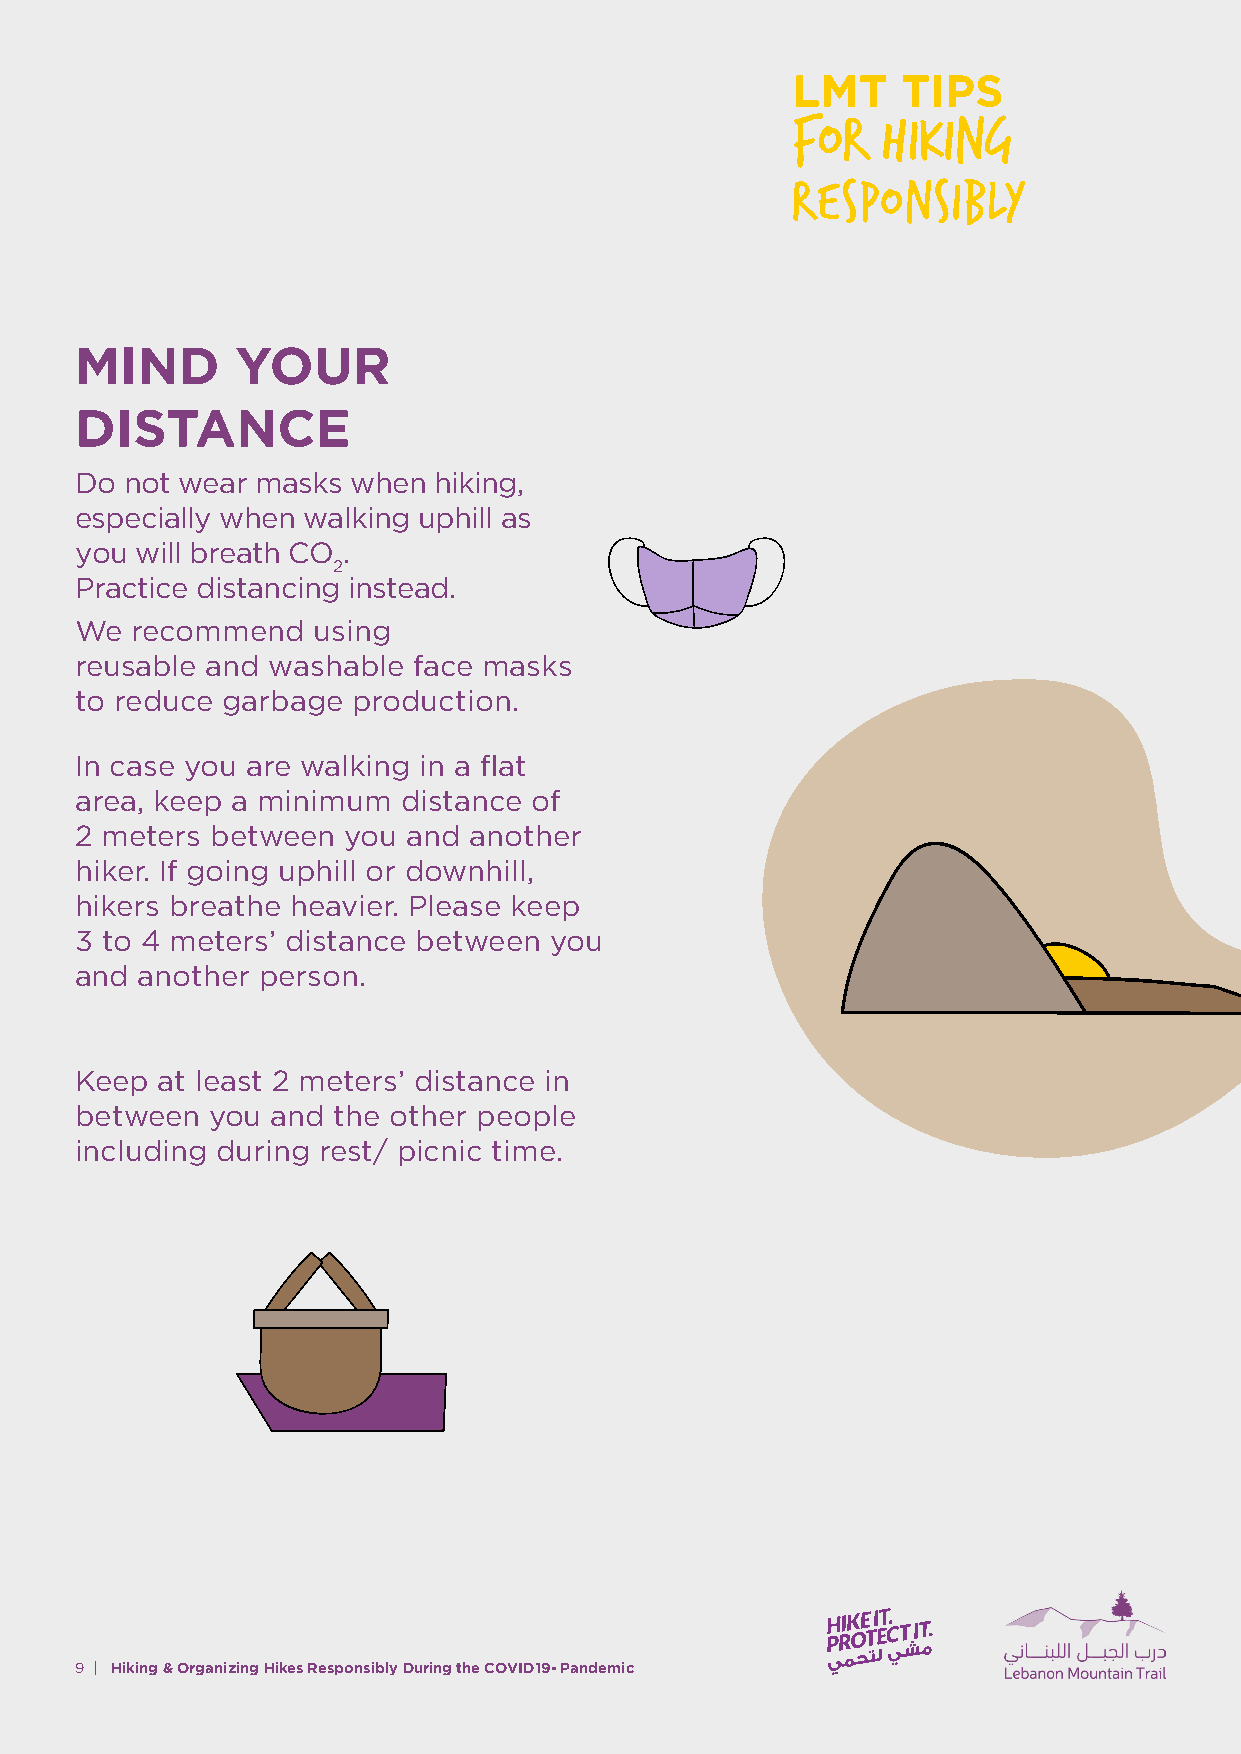
MIND       YOUR
 DISTANCE
 Do not wear masks when  hiking,
 especially when walking uphill as
 you will breath CO .
 2
 Practice distancing instead.
 We  recommend   using
 reusable and washable face masks
 to reduce garbage production.
 In case you are walking in a flat
 area, keep a minimum  distance of
 2 meters between  you and another
 hiker. If going uphill or downhill,
 hikers breathe heavier. Please keep
 3 to 4 meters’ distance between you
 and another person.
 Keep at least 2 meters’ distance in
 between  you and the other people
 including during rest/ picnic time.
 9 | Hiking & Organizing Hikes Responsibly During the COVID19- Pandemic